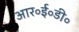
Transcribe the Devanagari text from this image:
आर॰ई॰डी॰